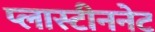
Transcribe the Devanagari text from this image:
प्लास्टीननेट